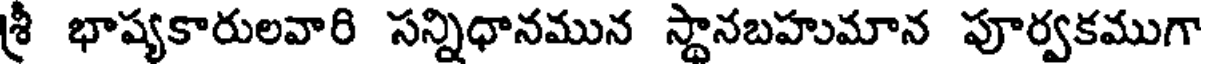
శ్రీ భాష్యకారులవారి సన్నిధానమున స్థానబహుమాన పూర్వకముగా